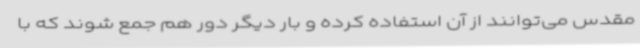
مقدس می‌توانند از آن استفاده کرده و بار دیگر دور هم جمع شوند که با